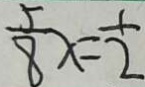
\frac { 5 } { 8 } x = \frac { 1 } { 2 }